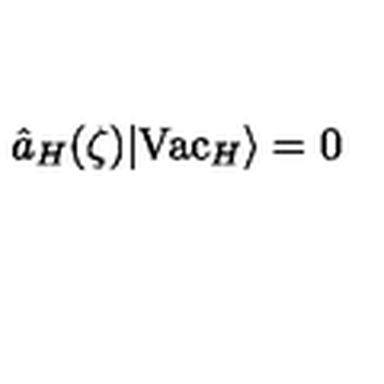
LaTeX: \hat { a } _ { H } ( \zeta ) \vert \mathrm { V a c } _ { H } \rangle = 0